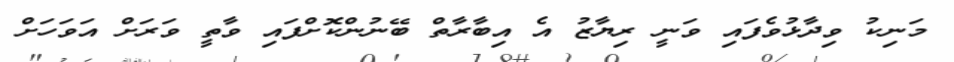
މަނިކު ވިދާޅުވެފައި ވަނީ ރިޔާޒު އެ އިބާރާތް ބޭނުންކޮށްފައި ވާތީ ވަރަށް އަވަހަށް